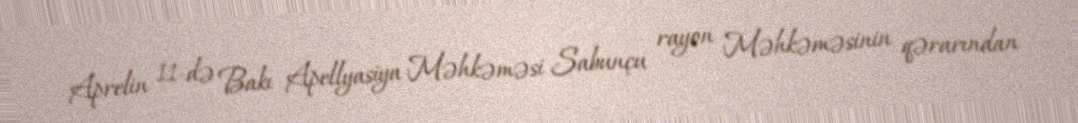
Aprelin 11-də Bakı Apellyasiya Məhkəməsi Sabunçu rayon Məhkəməsinin qərarından